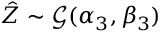
\hat { Z } \sim \mathcal G ( \alpha _ { 3 } , \beta _ { 3 } )